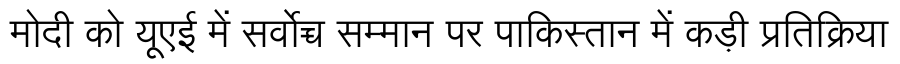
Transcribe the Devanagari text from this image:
मोदी को यूएई में सर्वोच्च सम्मान पर पाकिस्तान में कड़ी प्रतिक्रिया